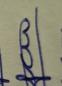
Signature authenticity: genuine